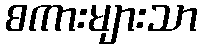
စကားများသာ